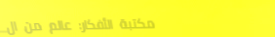
مكتبة الأفكار: عالم من ال